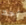
أحد